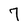
Character: 7